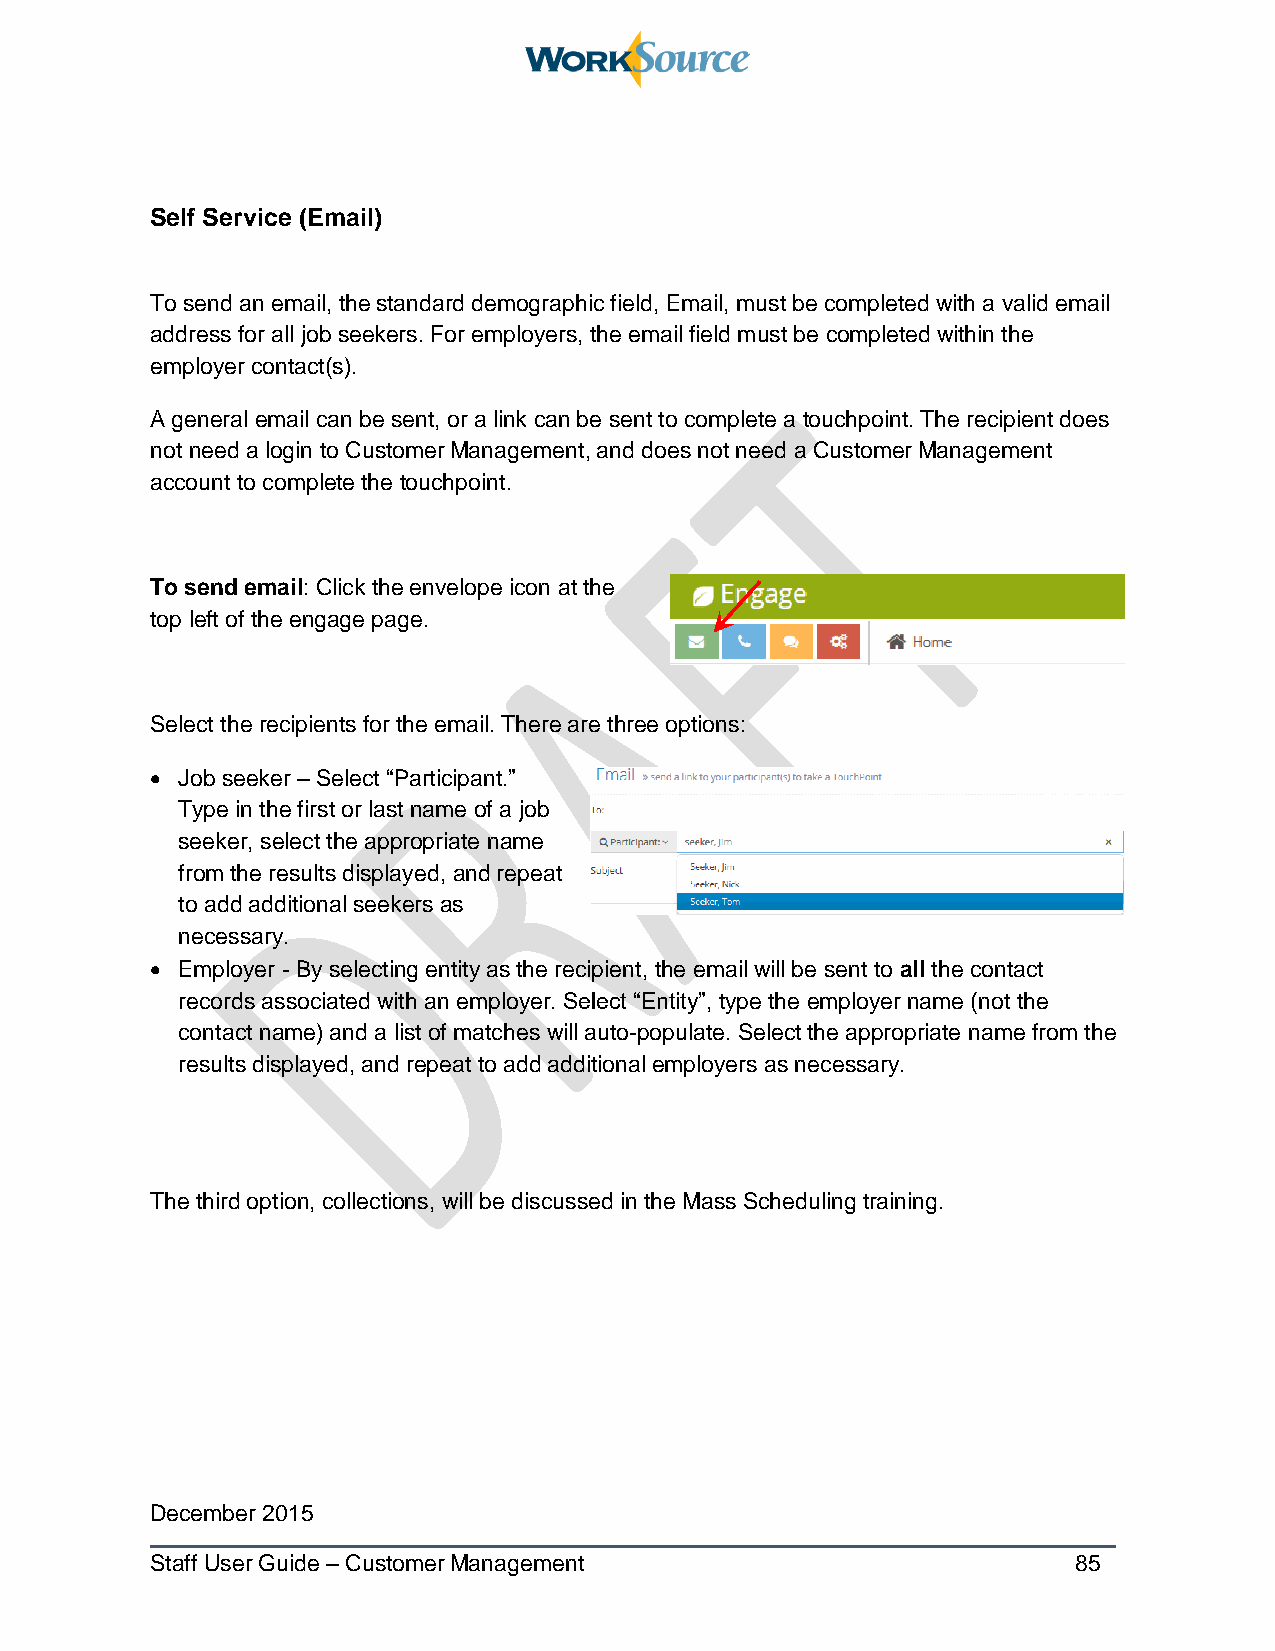
Self Service (Email)
 To send an email, the standard demographic field, Email, must be completed with a valid email
 address for all job seekers. For employers, the email field must be completed within the
 employer contact(s).
 A general email can be sent, or a link can be sent to complete a touchpoint. The recipient does
 not need a login to Customer Management, and does not need a Customer Management
 account to complete the touchpoint.
 To send email: Click the envelope icon at the
 top left of the engage page.
 Select the recipients for the email. There are three options:
  Job seeker – Select “Participant.”
 Type in the first or last name of a job
 seeker, select the appropriate name
 from the results displayed, and repeat
 to add additional seekers as
 necessary.
  Employer - By selecting entity as the recipient, the email will be sent to all the contact
 records associated with an employer. Select “Entity”, type the employer name (not the
 contact name) and a list of matches will auto-populate. Select the appropriate name from the
 results displayed, and repeat to add additional employers as necessary.
 The third option, collections, will be discussed in the Mass Scheduling training.
 December 2015
 Staff User Guide – Customer Management                       85